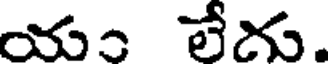
యం లేదు.